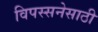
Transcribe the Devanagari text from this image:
विपस्सनेसाठी